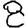
Digit: 8